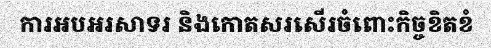
ការអបអរសាទរ និងកោតសរសើរចំពោះកិច្ចខិតខំ